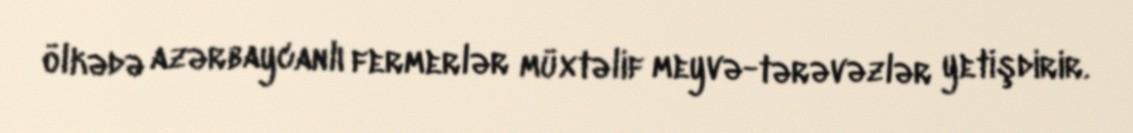
ölkədə azərbaycanlı fermerlər müxtəlif meyvə-tərəvəzlər yetişdirir.